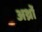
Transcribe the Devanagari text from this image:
अर्थ्रो